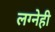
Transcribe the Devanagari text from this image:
लग्नेही